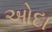
ઓદા